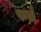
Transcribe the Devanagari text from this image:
फलै